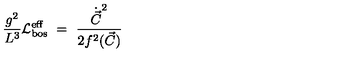
\frac { g ^ { 2 } } { L ^ { 3 } } { \cal L } _ { \mathrm { b o s } } ^ { \mathrm { e f f } } \ = \ \frac { \dot { \vec { C } } ^ { 2 } } { 2 f ^ { 2 } ( \vec { C } ) } \,